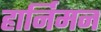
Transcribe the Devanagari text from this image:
हार्निमन